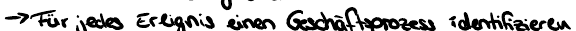
-> Für jedes Ereignis einen Geschäftsprozee identifizieren